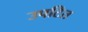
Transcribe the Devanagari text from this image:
उपटित